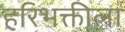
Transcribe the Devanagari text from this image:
हरिभक्तीला